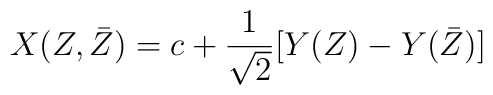
X(Z,\bar{Z}) = c + \frac{1}{\sqrt{2}}[Y(Z) - Y(\bar{Z})]